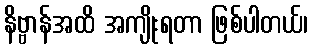
နိဗ္ဗာန်အထိ အကျိုးရတာ ဖြစ်ပါတယ်၊